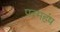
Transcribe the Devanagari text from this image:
परमहंष